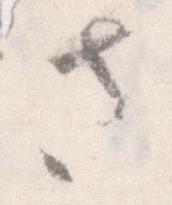
さ